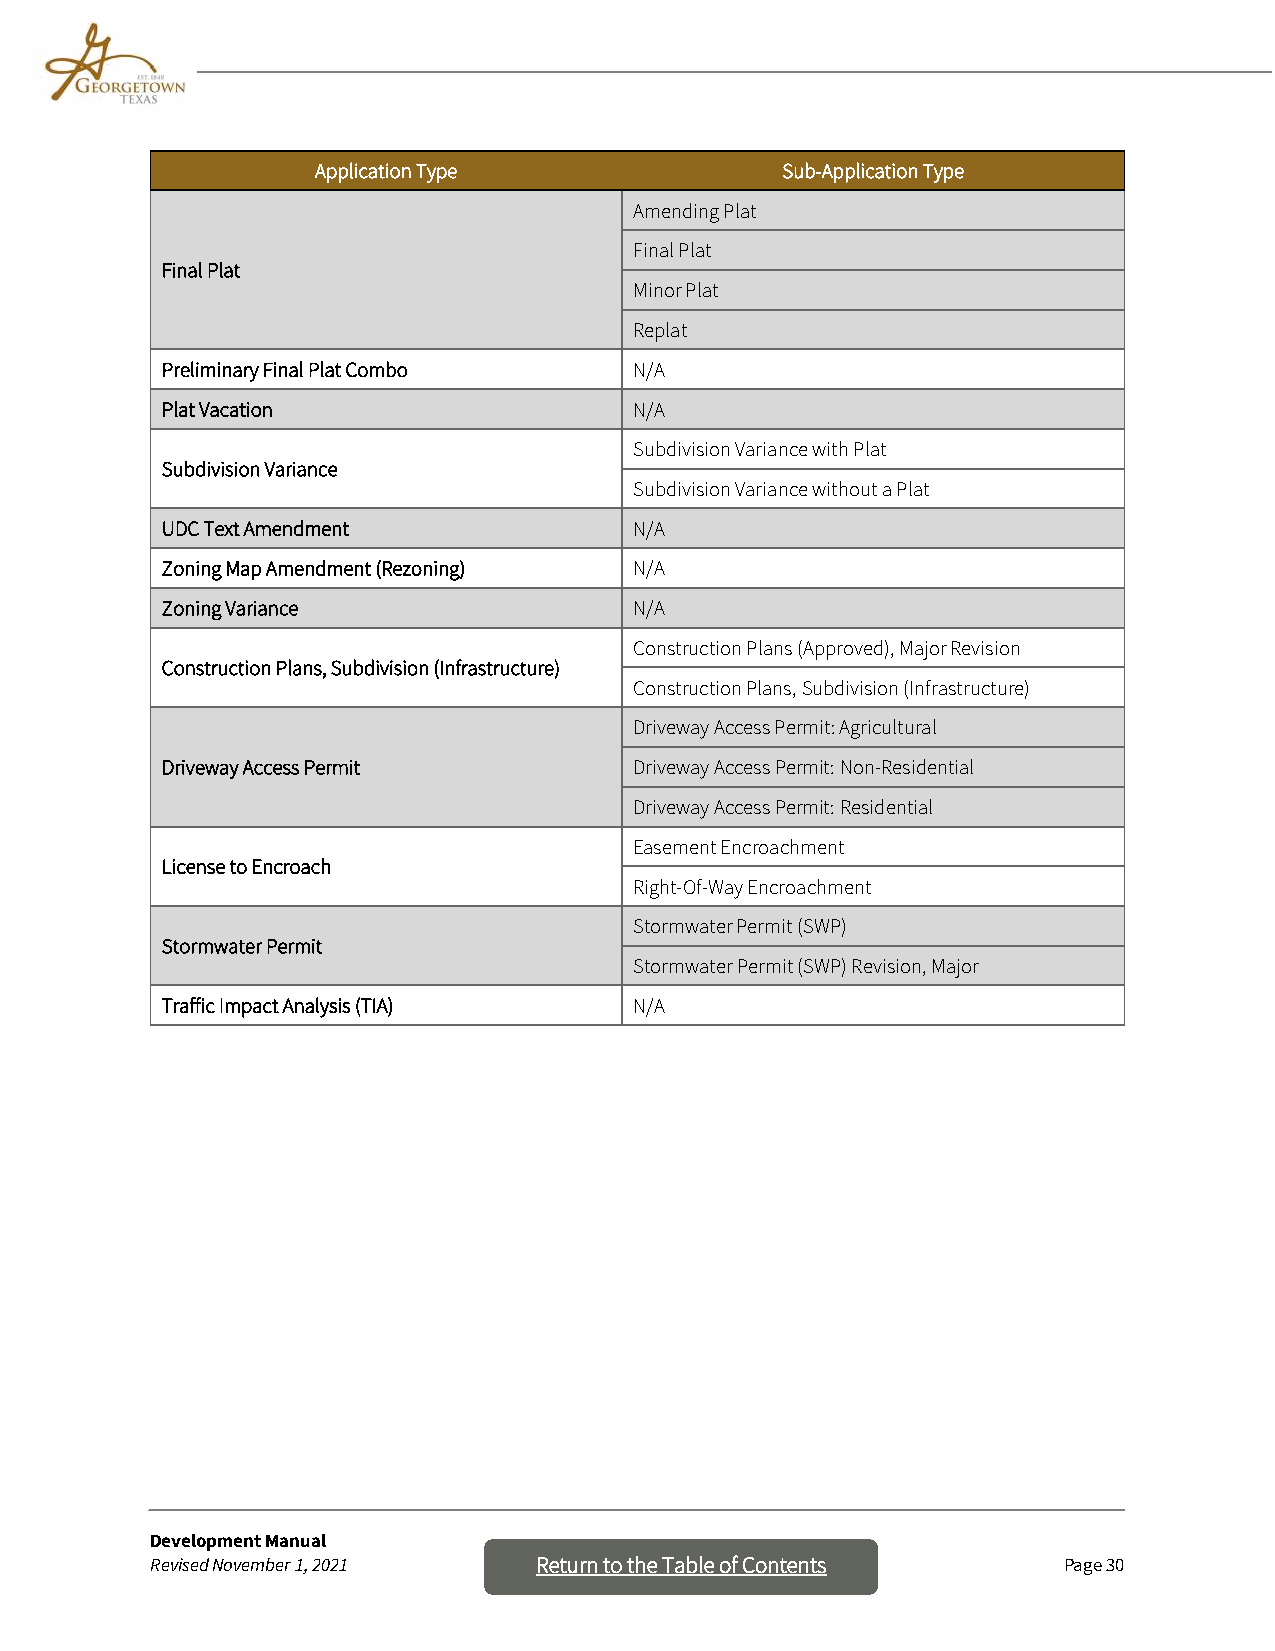
Application Type               Sub-Application Type
 Amending Plat
 Final Plat
 Final Plat
 Minor Plat
 Replat
 Preliminary Final Plat Combo   N/A
 Plat Vacation                  N/A
 Subdivision Variance with Plat
 Subdivision Variance
 Subdivision Variance without a Plat
 UDC Text Amendment             N/A
 Zoning Map Amendment (Rezoning) N/A
 Zoning Variance                N/A
 Construction Plans (Approved), Major Revision
 Construction Plans, Subdivision (Infrastructure)
 Construction Plans, Subdivision (Infrastructure)
 Driveway Access Permit: Agricultural
 Driveway Access Permit         Driveway Access Permit: Non-Residential
 Driveway Access Permit: Residential
 Easement Encroachment
 License to Encroach
 Right-Of-Way Encroachment
 Stormwater Permit (SWP)
 Stormwater Permit
 Stormwater Permit (SWP) Revision, Major
 Traffic Impact Analysis (TIA)  N/A
 Development Manual
 Revised November 1, 2021 Return to th e Table of Contents   Page 30